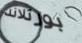
بورتلاند